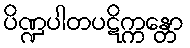
ပိဏ္ဍပါတပဋိက္ကန္တော